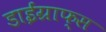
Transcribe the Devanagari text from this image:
डाईग्राफ्स